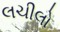
લચીલો